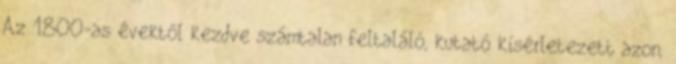
Az 1800-as évektől kezdve számtalan feltaláló, kutató kísérletezett azon,